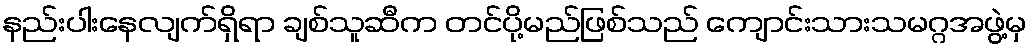
နည်းပါးနေလျက်ရှိရာ ချစ်သူဆီက တင်ပို့မည်ဖြစ်သည် ကျောင်းသားသမဂ္ဂအဖွဲ့မှ